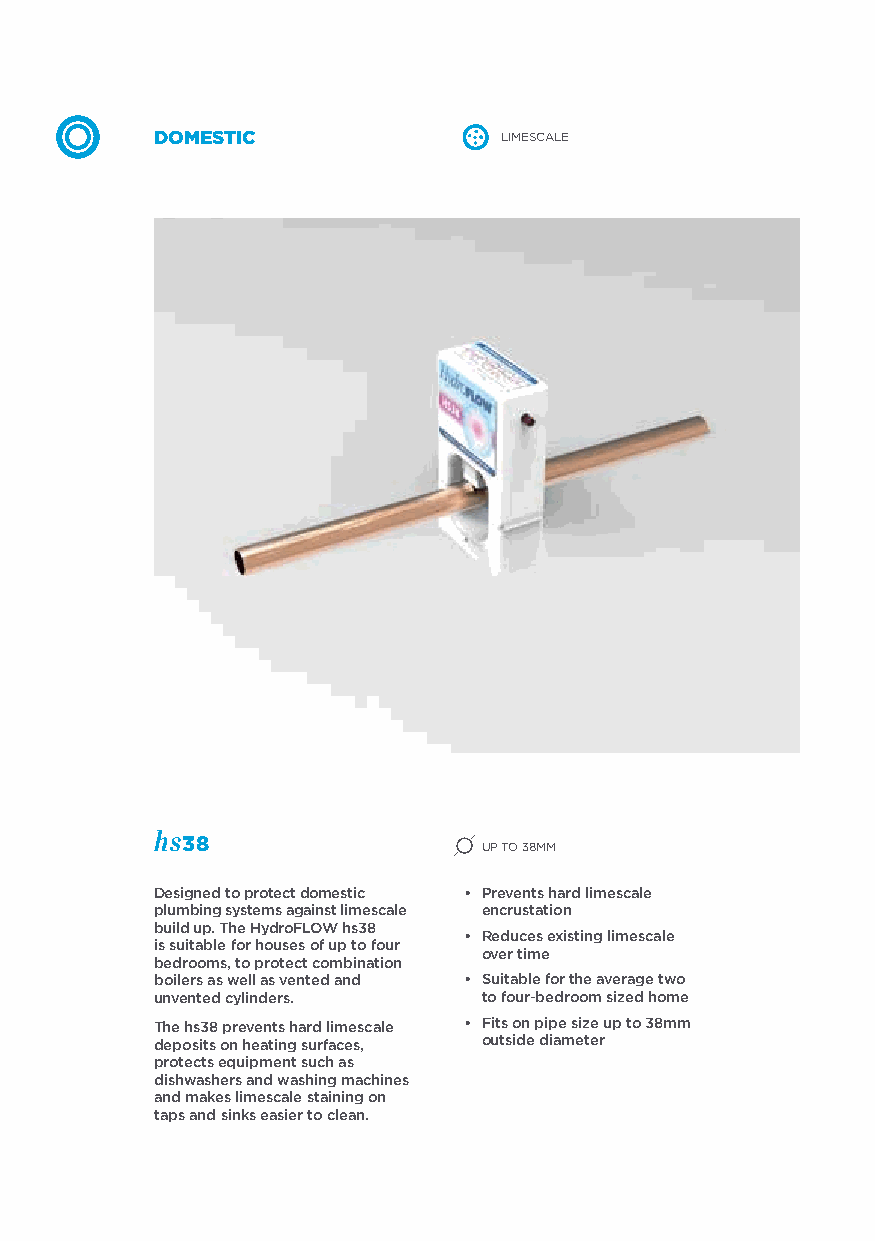
DOMESTIC               LIMESCALE
 hs38
 UP TO 38MM
 Designed to protect domestic • Prevents hard limescale
 plumbing systems against limescale encrustation
 build up. The HydroFLOW hs38
 • Reduces existing limescale
 is suitable for houses of up to four
 over time
 bedrooms, to protect combination
 boilers as well as vented and • Suitable for the average two
 unvented cylinders.   to four-bedroom sized home
 The hs38 prevents hard limescale • Fits on pipe size up to 38mm
 deposits on heating surfaces, outside diameter
 protects equipment such as
 dishwashers and washing machines
 and makes limescale staining on
 taps and sinks easier to clean.